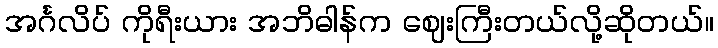
အင်္ဂလိပ် ကိုရီးယား အဘိဓါန်က ဈေးကြီးတယ်လို့ဆိုတယ်။